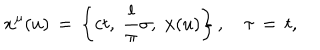
x ^ { \mu } ( u ) \, = \, \left\{ c t , \; \frac { l } { \pi } \sigma , \; { \bf x } ( u ) \right\} , \quad \tau \, = \, t ,